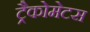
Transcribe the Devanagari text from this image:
ट्रैकोमेटस